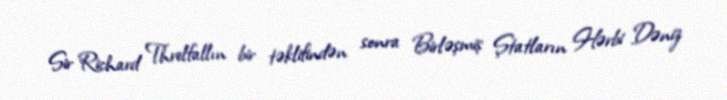
Sir Richard Threlfallın bir təklifindən sonra Birləşmiş Ştatların Hərbi Dəniz